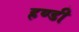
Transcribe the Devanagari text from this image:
हण्डी